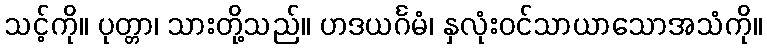
သင့်ကို။ ပုတ္တာ၊ သားတို့သည်။ ဟဒယင်္ဂမံ၊ နှလုံးဝင်သာယာသောအသံကို။